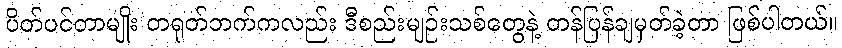
ပိတ်ပင်တာမျိုး တရုတ်ဘက်ကလည်း ဒီစည်းမျဉ်းသစ်တွေနဲ့ တန်ပြန်ချမှတ်ခဲ့တာ ဖြစ်ပါတယ်။